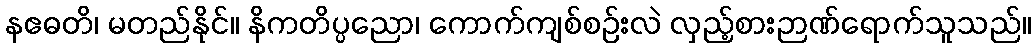
နဧဓတိ၊ မတည်နိုင်။ နိကတိပ္ပညော၊ ကောက်ကျစ်စဉ်းလဲ လှည့်စားဉာဏ်ရောက်သူသည်။